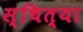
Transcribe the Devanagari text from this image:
स्थित्या